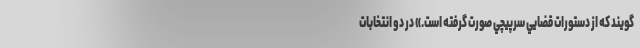
‌گويند كه از دستورات قضايي سرپيچي صورت گرفته است.» در دو انتخابات